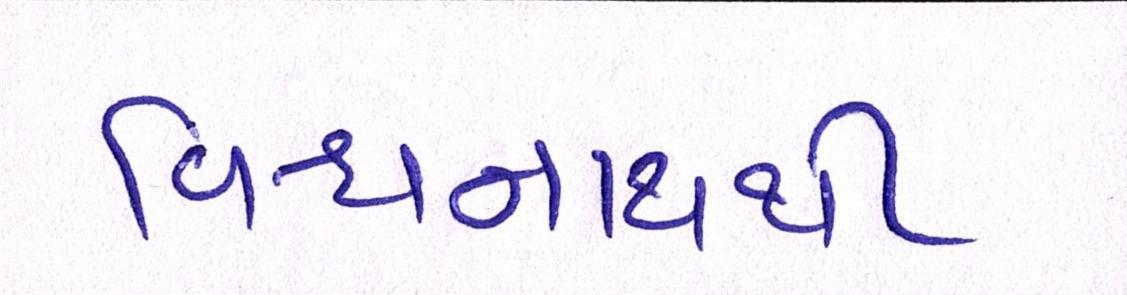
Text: વિશ્વનાથથી